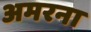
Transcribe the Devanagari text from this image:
अमरना